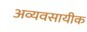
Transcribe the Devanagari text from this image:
अव्यवसायीक